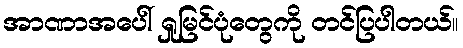
အာဏာအပေါ် ရှုမြင်ပုံတွေကို တင်ပြပါတယ်။